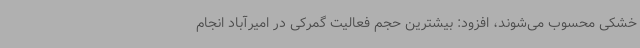
خشکی محسوب می‌شوند، افزود: بیشترین حجم فعالیت گمرکی در امیرآباد انجام